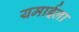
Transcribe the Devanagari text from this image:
यमाईला